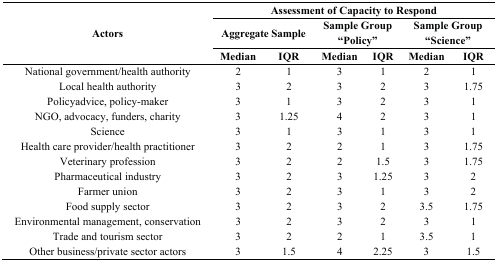
| <ROWSPAN=3> Actors | <COLSPAN=6> Assessment of Capacity to Respond |
 | <COLSPAN=2> Aggregate Sample | <COLSPAN=2> Sample Group “Policy” | <COLSPAN=2> Sample Group “Science” |
 | Median | IQR | Median | IQR | Median | IQR |
 | --- | --- | --- | --- | --- | --- | --- |
 | National government/health authority | 2 | 1 | 3 | 1 | 2 | 1 |
 | Local health authority | 3 | 2 | 3 | 2 | 3 | 1.75 |
 | Policyadvice, policy-maker | 3 | 1 | 3 | 2 | 3 | 1 |
 | NGO, advocacy, funders, charity | 3 | 1.25 | 4 | 2 | 3 | 1 |
 | Science | 3 | 1 | 3 | 1 | 3 | 1 |
 | Health care provider/health practitioner | 3 | 2 | 2 | 1 | 3 | 1.75 |
 | Veterinary profession | 3 | 2 | 2 | 1.5 | 3 | 1.75 |
 | Pharmaceutical industry | 3 | 2 | 3 | 1.25 | 3 | 2 |
 | Farmer union | 3 | 2 | 3 | 1 | 3 | 2 |
 | Food supply sector | 3 | 2 | 3 | 2 | 3.5 | 1.75 |
 | Environmental management, conservation | 3 | 2 | 3 | 2 | 3 | 1 |
 | Trade and tourism sector | 3 | 2 | 2 | 1 | 3.5 | 1 |
 | Other business/private sector actors | 3 | 1.5 | 4 | 2.25 | 3 | 1.5 |